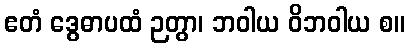
ဧတံ ဒွေဓာပထံ ဉတွာ၊ ဘဝါယ ဝိဘဝါယ စ။